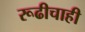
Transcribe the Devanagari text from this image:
रूढीचाही